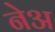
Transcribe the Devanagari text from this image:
नेअ